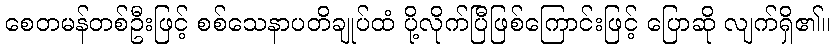
စေတမန်တစ်ဦးဖြင့် စစ်သေနာပတိချုပ်ထံ ပို့လိုက်ပြီဖြစ်ကြောင်းဖြင့် ပြောဆို လျက်ရှိ၏။